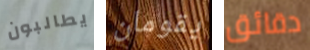
يطالبون يقومان دقائق